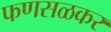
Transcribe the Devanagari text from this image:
फणसळकर